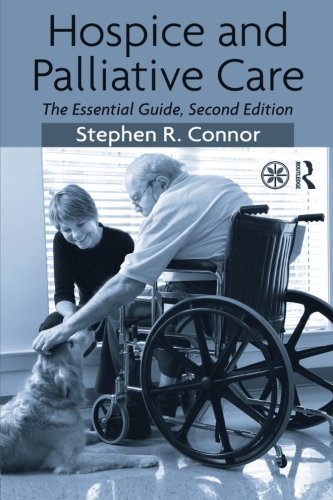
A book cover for Hospice and Palliative Care: The Essential Guide; Stephen R. Connor; Self-Help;